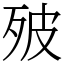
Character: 㱟